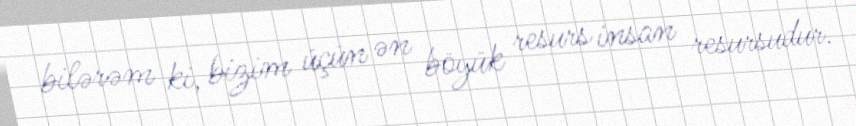
bilərəm ki, bizim üçün ən böyük resurs insan resursudur.